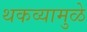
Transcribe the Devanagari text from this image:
थकव्यामुळे